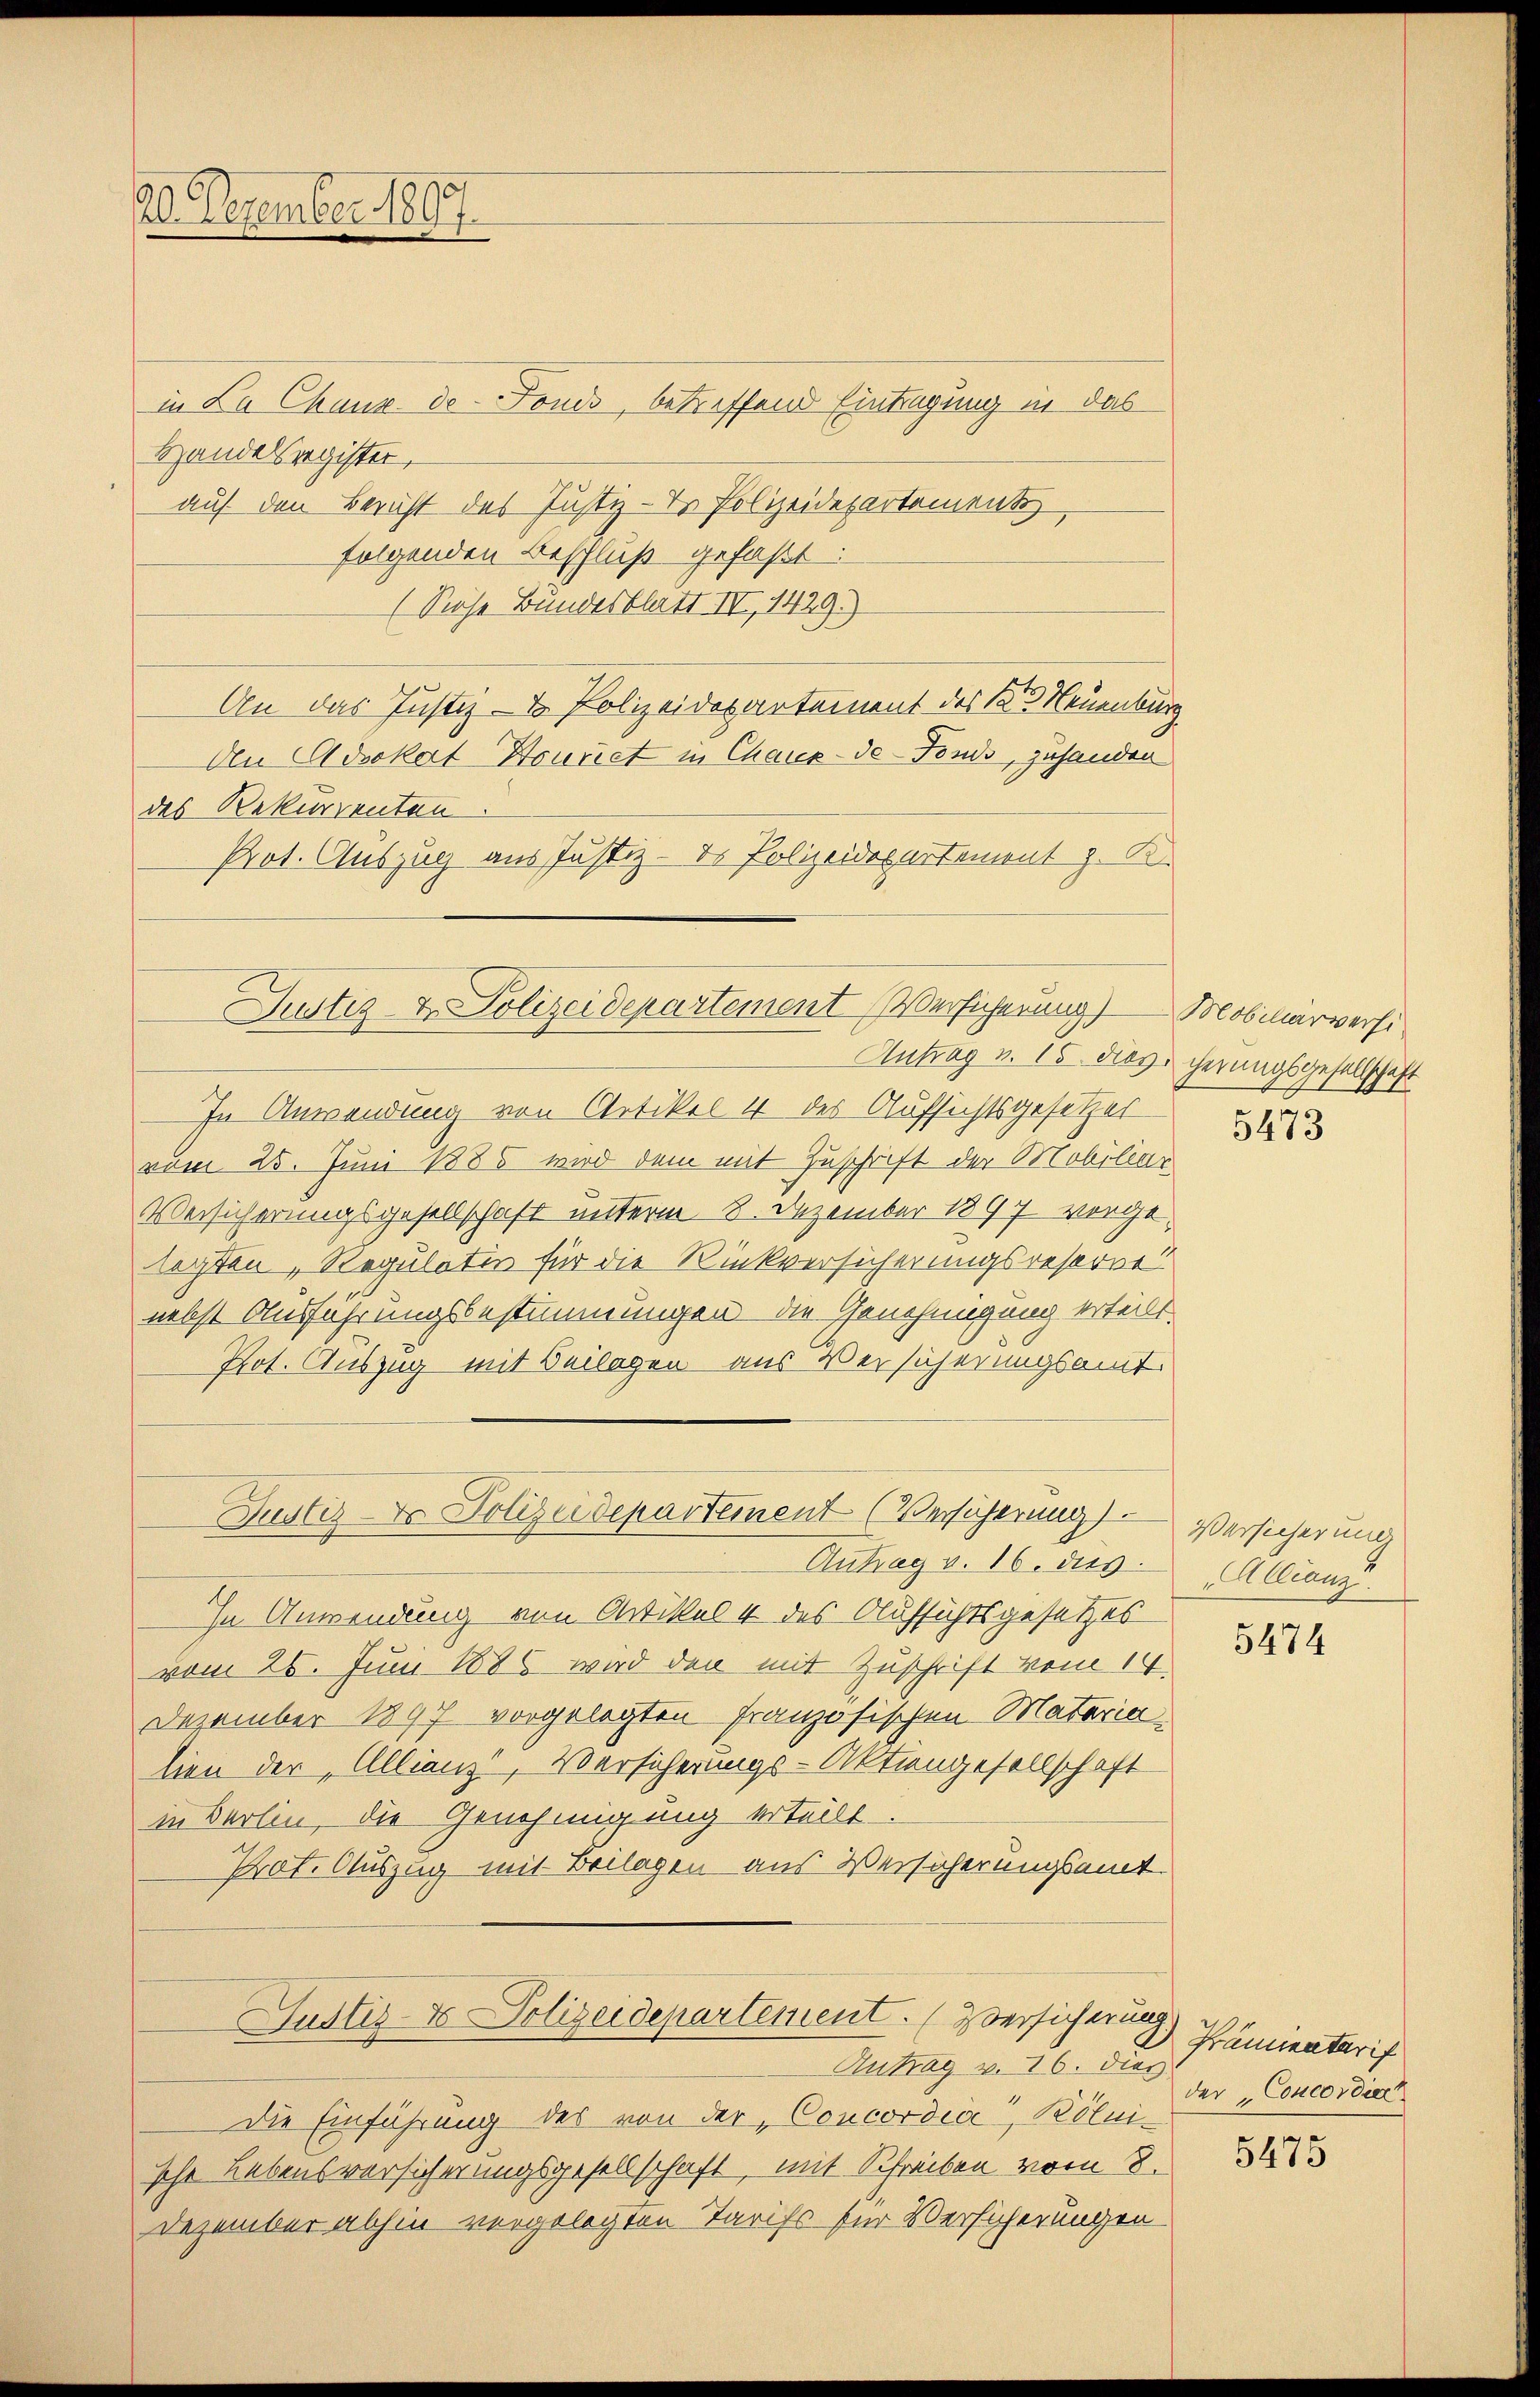
20. Dezember 1807.

in La Chaux de Fond, betreffend Eintragung in das
Handelsregister,
auf den Bericht des Justiz-Dr Polizeidepartements
folgenden Beschluß gefaßt:
(Siehe Bundesblatt IV 1429)
An das Justiz- & Polizeidepartement des 13 Neuenburg
Den Advokat Houriet in Chaux-de-Fonds, zuhanden
des Rekurrenten
Prot. Auszug aus Justiz - ds Polizeidepartement z. B.

Justiz u. Polizeidepartement Versicherung) Mobiliarversi

Justiz- & Polizeidepartement (Versicherung)

Justiz- & Polizeidepartement. (Versicherung
Antrag v. 16. dies

Antrag v. 15. Nov. cherungsgesellschaft
In Anwendung von Artikel 4 des Aufsichtsgesetzes
vom 25. Juni 1885 wird dem mit Zuschrift der Mobiliar
Versicherungsgesellschaft unterm 8. Dezember 1897 vorgeachten, Regulater für die Rückversicherungsreserver
nebst Ausführungsbestimmungen die Genehmigung erteilt.
Pot. Auszug mit Beilagen aus Versicherungsamt.
Antrag v. 16. dus.
In Anwendung von Artikel 4 des Aufsichtsgesetzes
vom 26. Juni 1886 wird den mit Zuschrift vom 14.
Dezember 1897 vorgelegten französischen Materialien der „Allianz, Versicherungs-Aktiengesellschaft
in Berlin, die Genehmigung erteilt.
Prof. Auszug mit Beilagen aus Versicherungsamt

Die Einführung des von der Concordia, Kölnische Lebensversicherungsgesellschaft, mit Schreiben vom 8.
Dezember abhin vorgelegten Tarifs für Versicherungen

I

5473

Versicher und
Allianz

5474

Prämientarif
der Concordia

5475